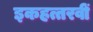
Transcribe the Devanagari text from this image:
इकहत्तरवीं